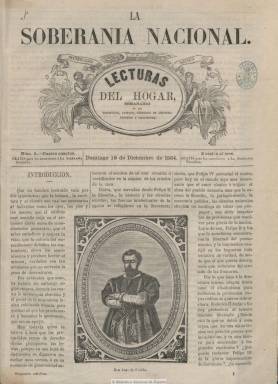
Título: La Soberanía nacional. Lecturas del hogar
Otros títulos: Lecturas del hogar
Colección: Semanarios de amenidades
Ámbito geográfico: Madrid
Lugar de publicación: Madrid
Fechas: 18/12/1864-17/09/1865

Con el largo subtítulo “Lecturas del hogar: semanario de las tertulias, casinos, círculos de lectores, ateneos y reuniones”, el periodista e historiador Ángel Fernández de los Ríos (1821-1880) empezará a dirigir, desde el 18 de diciembre de 1864, esta publicación que distribuía gratis para los suscriptores del diario progresista La soberanía nacional, que había empezado también a publicar dos días antes (por ello la confusión que da lugar la secuencia numérica de sus dos primeras entregas).

En entregas dominicales de ocho páginas y compuesto a tres columnas, dará cabida en el a una serie de textos más variados y reflexivos junto a otros ligeros o recreativos, o de creación literaria, acompañados de grabados (retratos, vistas, alegorías, tipos costumbristas e, incluso, dibujos humorísticos y alguna partitura musical). Algunos de sus textos estarán firmados por Salustiano de Olózaga o José María Orense.

Publica semblanzas biográficas (empezando por la de Juan de Padilla), así como artículos de economía, literatura, educación, física, agricultura, ganadería o higiene. También sobre política, con la sección Revista de la semana, teniendo otras de carácter recreativo e instructivo. Dedicará especial atención a la conmemoración del 2 de mayo, y asimismo da cabida a textos de creación literaria (relatos) y poética, máximas y hasta una revista de París.

Entre las firmas de sus textos aparecen las de Tomás Hurtado, A. Aguirrezabal, Eduardo Asquerino, Juan Nicasio Gallego, Diego Navarro Soler, José Antonio Ximénez, Miguel de los Santos Álvarez, Manuel Prieto y Prieto, J. Martínez Zorrilla y Eladia Bautista y Patier, entre otros. También escribirá en sus páginas Servando Ruiz Gómez, que también era redactor del diario, y Eduardo de la Loma, asimismo redactor del diario, actuará de secretario de redacción del semanario.

Esta edición dominical de La soberanía nacional publica su último número el 17 de septiembre de 1865, mientras que el diario (también en esta colección de la hemeroteca digital de la BNE), seguirá publicándose hasta el 21 de junio de 1866, cuando sea suspendido por ser acusado su director y algunos de sus redactores de participar en la sublevación del cuartel de San Gil.